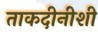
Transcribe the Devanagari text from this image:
ताकदीनीशी